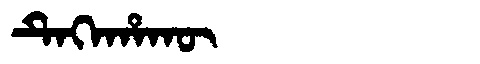
Manchu: ᡨᡝᡴᡝᡥᠠᡴᡡ
Romanization: TEKEHAKŪ